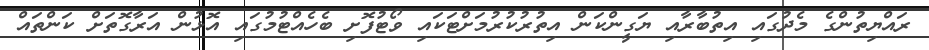
ރައްޔިތުންގެ މެދުގައި އިތުބާރާއި ޔަގީންކަން އިތުރުކުރުމަށްޓަކައި ވޯޓުފޮށި ބެހެއްޓުމުގައި އޮޅުން އަރާގޮތަށް ކަންތައް